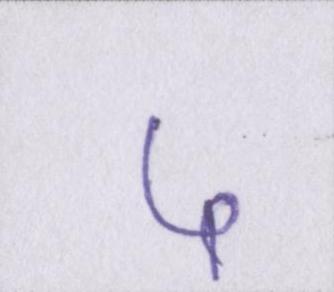
५